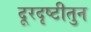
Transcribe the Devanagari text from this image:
दूरदृष्टीतुन